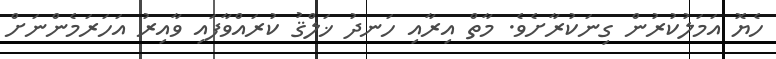
ހެޔޮ އަމަލުކުރުން ގިނަކުރާށެވެ. މާތް އިރާއި ހަނދު ޚަލްޤު ކުރައްވާފައި ވާއިރު އަހަރަމެންނަށް